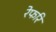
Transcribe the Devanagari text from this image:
रेफरि